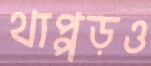
থাপ্পড়ও